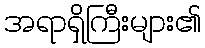
အရာရှိကြီးများ၏